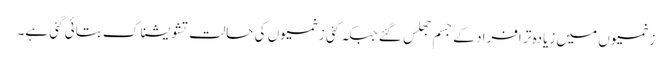
زخمیوں میں زیادہ تر افراد کے جسم جھلس گئے جبکہ کئی زخمیوں کی حالت تشویشناک بتائی گئی ہے۔